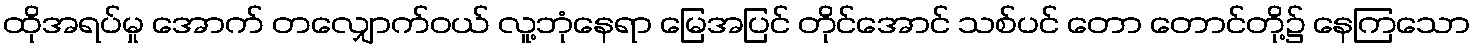
ထိုအရပ်မှု အောက် တလျှောက်ဝယ် လူ့ဘုံနေရာ မြေအပြင် တိုင်အောင် သစ်ပင် တော တောင်တို့၌ နေကြသော